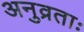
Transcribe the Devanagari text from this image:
अनुव्रताः